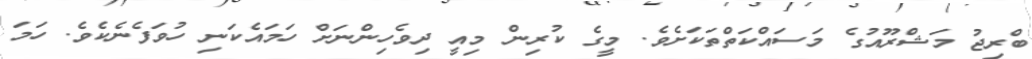
ބްރިޖު މަޝްރޫއުގެ މަސައްކަތްތަކަށެވެ. މީގެ ކުރިން މިއީ ދިވެހިންނަށް ހަމައެކަނި ހުވަފެނެކެވެ. ހަމަ